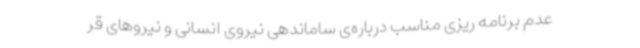
عدم برنامه ریزی مناسب درباره‌ی ساماندهی نیروی انسانی و نیروهای قر